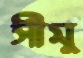
সীমু